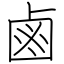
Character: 鹵